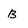
Character: b